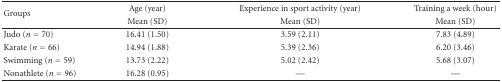
<table><thead><tr><td rowspan="2"><b>Groups</b></td><td><b>Age (year)</b></td><td><b>Experience in sport activity (year)</b></td><td><b>Training a week (hour)</b></td></tr><tr><td><b>Mean (SD)</b></td><td><b>Mean (SD)</b></td><td><b>Mean (SD) </b></td></tr></thead><tbody><tr><td>Judo (<i>n</i> = 70)</td><td>16.41 (1.50)</td><td>3.59 (2.11)</td><td>7.83 (4.89)</td></tr><tr><td>Karate (<i>n</i> = 66)</td><td>14.94 (1.88)</td><td>5.39 (2.36)</td><td>6.20 (3.46)</td></tr><tr><td>Swimming (<i>n</i> = 59)</td><td>13.73 (2.22)</td><td>5.02 (2.42)</td><td>5.68 (3.07)</td></tr><tr><td>Nonathlete (<i>n</i> = 96)</td><td>16.28 (0.95)</td><td>—</td><td>—</td></tr></tbody></table>